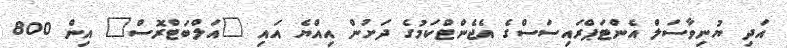
އަދި ޔުނިވާސަލް އެންޓަޕްރައިސަސްގެ އެޖެންޓްކަމުގެ ދަށުން އިއްޔެ އައި "އަލްބަޓްރޮސް" އިން 800